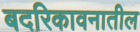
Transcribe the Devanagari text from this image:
बदरिकावनातील